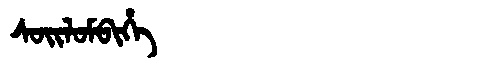
Manchu: ᠰᠣᡳᠯᠣᠮᠪᡳᡥᡝ
Romanization: SOILOMBIHE